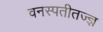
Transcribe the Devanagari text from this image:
वनस्पतीतज्ज्ञ